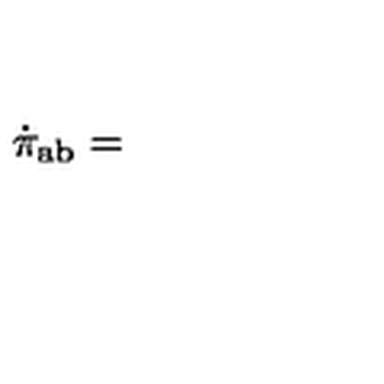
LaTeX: \dot { \pi } _ { \mathrm { a b } } =